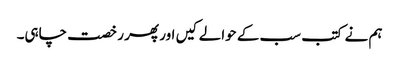
ہم نے کتب سب کے حوالے کیں اور پھر رخصت چاہی۔